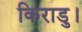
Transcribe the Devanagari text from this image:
किराडु।